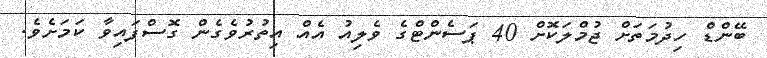
ބޭންޑް ހިދުމަތަށް ޖުމްލަކޮށް 40 ޕަސެންޓްގެ ވެލިއު އެއް އިތުރުވެގެން ގޮސްފައިވާ ކަމަށެވެ.